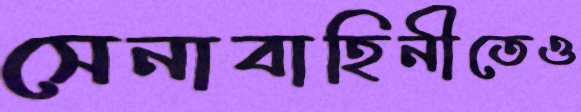
সেনাবাহিনীতেও